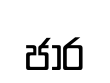
ජාර